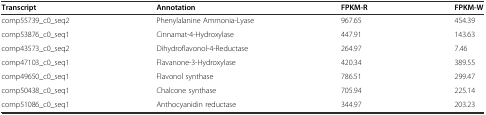
| Transcript | Annotation | FPKM-R | FPKM-W |
 | --- | --- | --- | --- |
 | comp55739_c0_seq2 | Phenylalanine Ammonia-Lyase | 967.65 | 454.39 |
 | comp53876_c0_seq1 | Cinnamat-4-Hydroxylase | 447.91 | 143.63 |
 | comp43573_c0_seq2 | Dihydroflavonol-4-Reductase | 264.97 | 7.46 |
 | comp47103_c0_seq1 | Flavanone-3-Hydroxylase | 420.34 | 389.55 |
 | comp49650_c0_seq1 | Flavonol synthase | 786.51 | 299.47 |
 | comp50438_c0_seq1 | Chalcone synthase | 705.94 | 225.14 |
 | comp51086_c0_seq1 | Anthocyanidin reductase | 344.97 | 203.23 |